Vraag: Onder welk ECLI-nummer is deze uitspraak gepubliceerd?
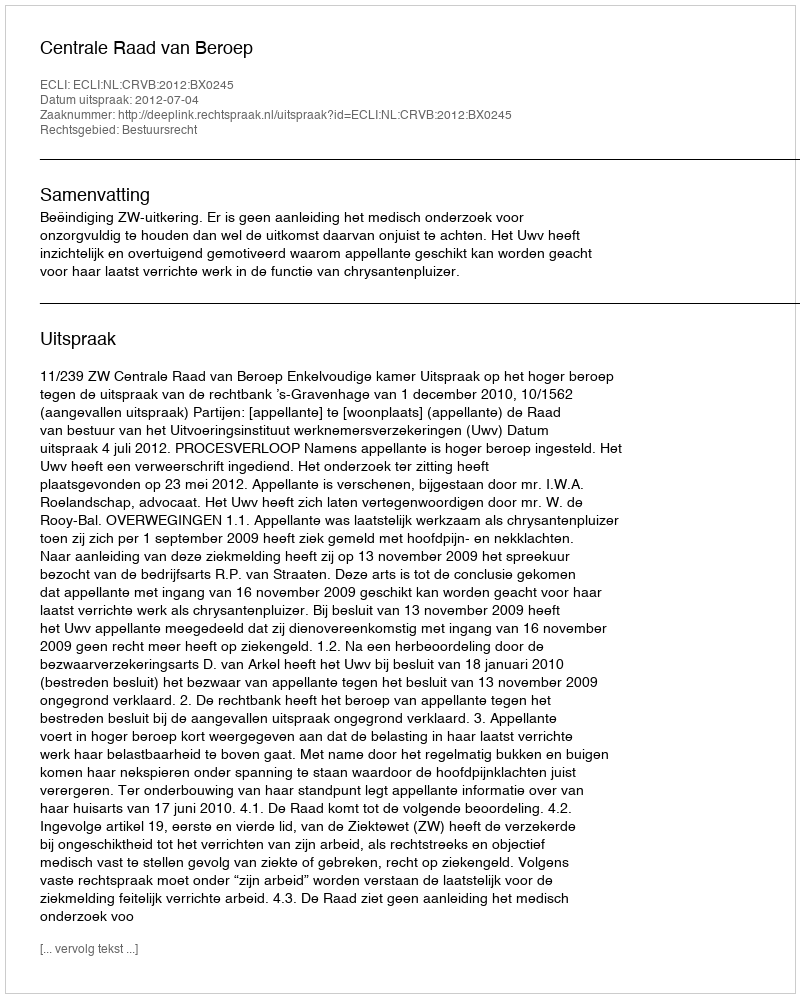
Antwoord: ECLI:NL:CRVB:2012:BX0245